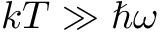
k T \gg \hbar \omega